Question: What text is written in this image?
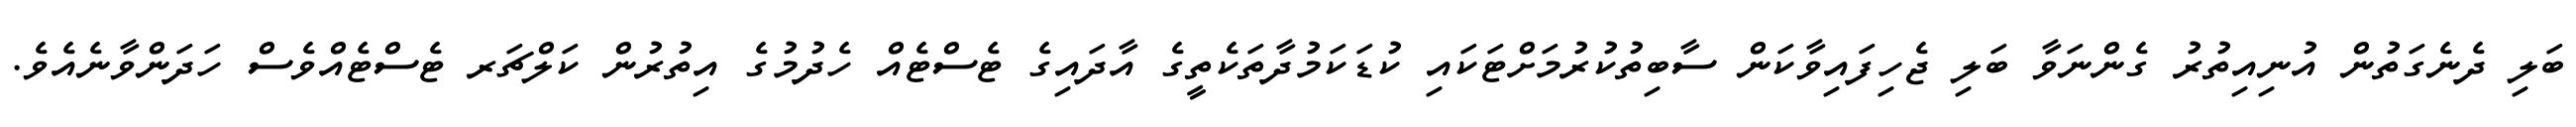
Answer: ބަލި ދެނެގަތުން އުނިއިތުރު ގެންނަވާ ބަލި ޖެހިފައިވާކަން ސާބިތުކުރުމަށްޓަކައި ކުޑަކަމުދާތަކެތީގެ އާދައިގެ ޓެސްޓެއް ހެދުމުގެ އިތުރުން ކަލްޗަރ ޓެސްޓެއްވެސް ހަދަންވާނެއެވެ.